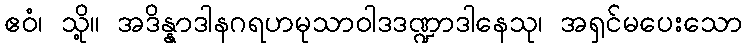
ဧဝံ၊ သို့။ အဒိန္နာဒါနဂရဟမုသာဝါဒဒဏ္ဍာဒါနေသု၊ အရှင်မပေးသော